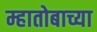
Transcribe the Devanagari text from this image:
म्हातोबाच्या